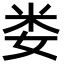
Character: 娄